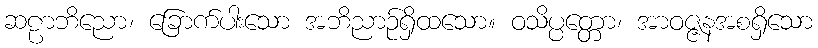
ဆဠာဘိညော၊ ခြောက်ပါးသော အဘိညာဉ်ရှိထသော။ ဝသိပ္ပတ္တော၊ အာဝဇ္ဇနအစရှိသော